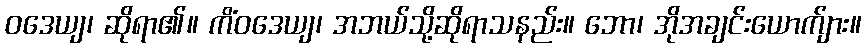
ဝဒေယျ၊ ဆိုရာ၏။ ကိံဝဒေယျ၊ အဘယ်သို့ဆိုရာသနည်း။ ဘော၊ အိုအချင်းယောက်ျား။